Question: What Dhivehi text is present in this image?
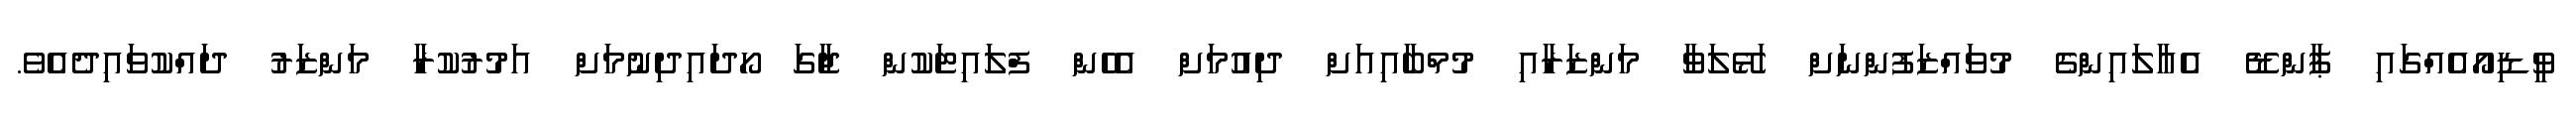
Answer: ވީޑިއޯއެއްގައި ޕާންޑޭ އެއާލައިންގެ މުވައްޒަފުންނަށް ހަޅޭލަވާ މަންޒަރާއި މުމްބާއިއަށް ދިއުމަށް އެހެން ފްލައިޓަކުން ޖާގަ ހޯދައިދިނުމަށް އަމުރުކުރާ މަންޒަރު ދައްކުވައިދެއެވެ.